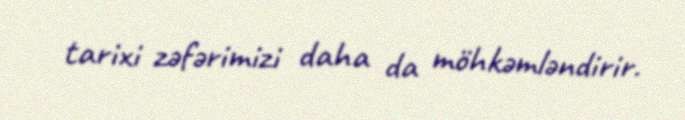
tarixi zəfərimizi daha da möhkəmləndirir.